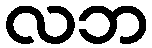
လဘ